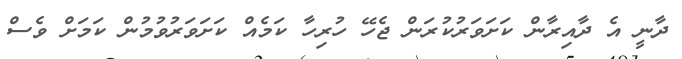
ދާނީ އެ ދާއިރާން ކަށަވަރުކުރަން ޖެހޭ ހުރިހާ ކަމެއް ކަށަވަރުވުމުން ކަމަށް ވެސް